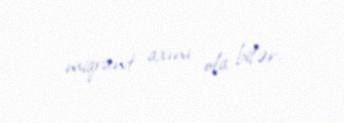
miqrant axını ola bilər.